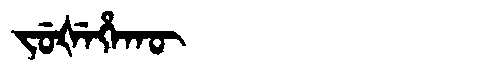
Manchu: ᠵᡠᡧᡝᡥᠠᡴᡡ
Romanization: JUŠEHAKŪ